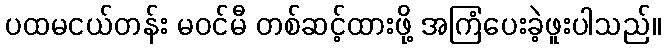
ပထမငယ်တန်း မဝင်မီ တစ်ဆင့်ထားဖို့ အကြံပေးခဲ့ဖူးပါသည်။